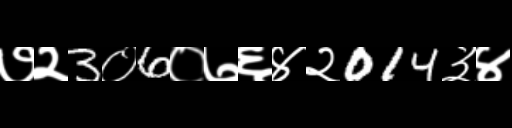
Text: ७२3०6०७६४२014३४